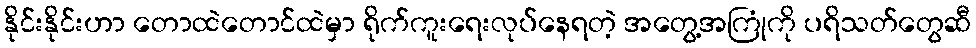
နိုင်းနိုင်းဟာ တောထဲတောင်ထဲမှာ ရိုက်ကူးရေးလုပ်နေရတဲ့ အတွေ့အကြုံကို ပရိသတ်တွေဆီ